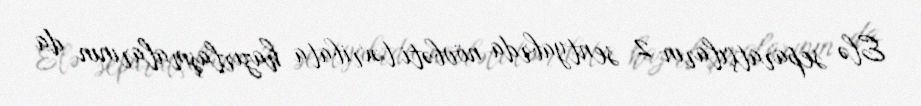
Elə separatçıların 2 sentyabrda növbəti təxribata hazırlaşmalarının da